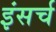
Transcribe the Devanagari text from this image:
इंसर्च